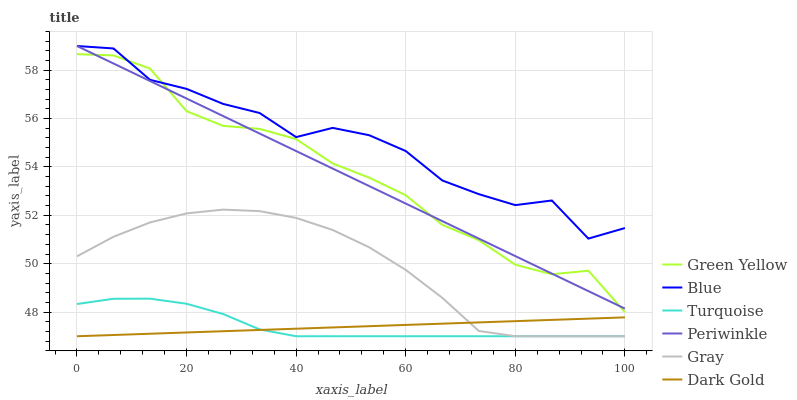
| xaxis_label | Green Yellow | Blue | Turquoise | Periwinkle | Gray | Dark Gold |
 | --- | --- | --- | --- | --- | --- | --- |
 | 0 | 58.7 | 59 | 48.3 | 59 | 50.3 | 47 |
 | 6.67 | 58.6 | 58.9 | 48.6 | 58.3 | 51.1 | 47.1 |
 | 13.3 | 58.1 | 57.6 | 48.6 | 57.6 | 51.7 | 47.1 |
 | 20 | 56.3 | 57.2 | 48.3 | 56.8 | 52.1 | 47.2 |
 | 26.7 | 55.7 | 56.6 | 47.9 | 56.1 | 52.2 | 47.2 |
 | 33.3 | 55.6 | 56.2 | 47.3 | 55.4 | 52.2 | 47.3 |
 | 40 | 55.2 | 55.2 | 47 | 54.7 | 51.9 | 47.3 |
 | 46.7 | 54.1 | 55.6 | 47 | 53.9 | 51.4 | 47.4 |
 | 53.3 | 53.6 | 55.3 | 47 | 53.2 | 50.7 | 47.4 |
 | 60 | 52.8 | 54.7 | 47 | 52.5 | 49.7 | 47.5 |
 | 66.7 | 51.6 | 53.4 | 47 | 51.8 | 48.6 | 47.5 |
 | 73.3 | 51 | 52.9 | 47 | 51 | 47.2 | 47.6 |
 | 80 | 50 | 52.4 | 47 | 50.3 | 47 | 47.6 |
 | 86.7 | 49.6 | 52.6 | 47 | 49.6 | 47 | 47.7 |
 | 93.3 | 49.7 | 51 | 47 | 48.9 | 47 | 47.7 |
 | 100 | 48 | 51.5 | 47 | 48.1 | 47 | 47.8 |